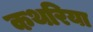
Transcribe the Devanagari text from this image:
कथरिया